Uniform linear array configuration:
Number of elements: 16
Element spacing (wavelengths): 0.5
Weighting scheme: exponential
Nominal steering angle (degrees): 15
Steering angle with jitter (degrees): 13.578
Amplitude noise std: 0.05
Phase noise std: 0.05

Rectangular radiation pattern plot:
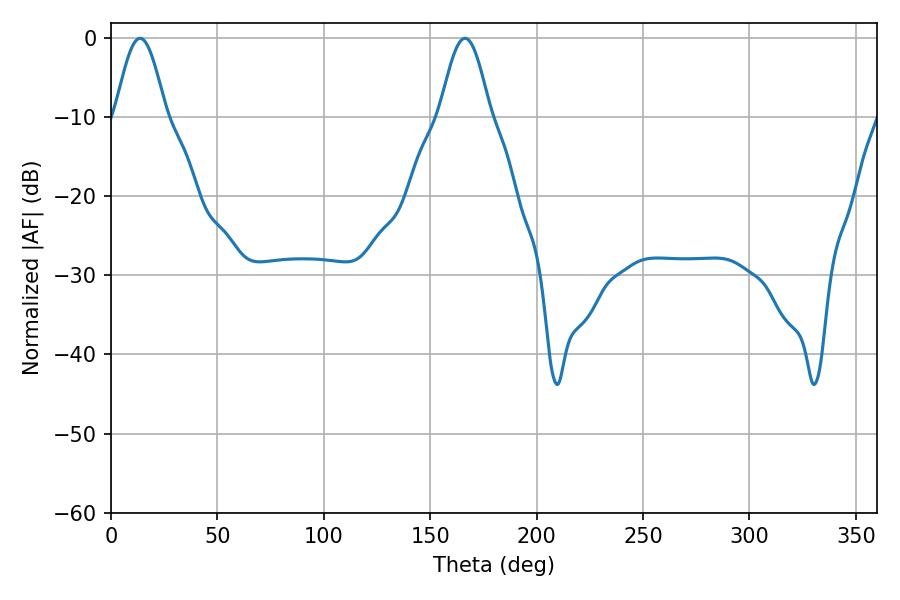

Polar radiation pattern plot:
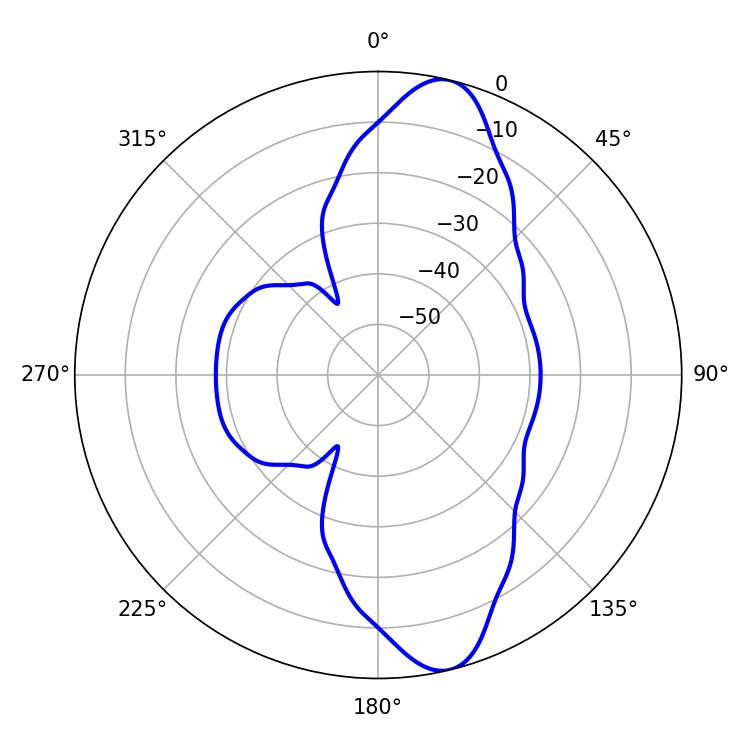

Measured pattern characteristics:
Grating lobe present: FALSE
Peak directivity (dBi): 11.966
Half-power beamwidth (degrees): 12.6
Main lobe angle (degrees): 13.68